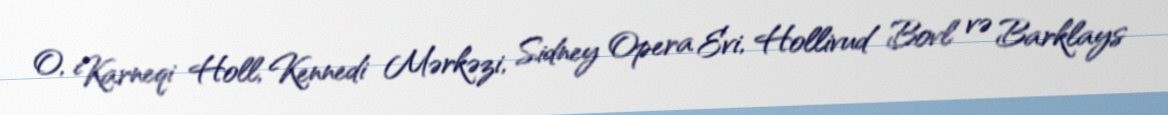
O, Karneqi Holl, Kennedi Mərkəzi, Sidney Opera Evi, Hollivud Bovl və Barklays